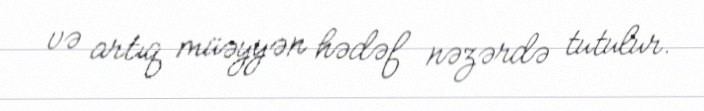
və artıq müəyyən hədəf nəzərdə tutulur.